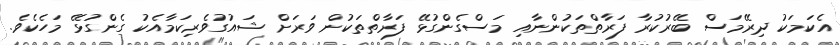
އެކަމަކު ދިރޭމަސް ބޭރުކުރާ ފަރާތްތަކުންނާއި މަސްގެންގުޅޭ ފަރާތްތަކުން ވަރަށް ޝައުގުވެރިކަމާއެކު ގެންގުޅޭ މަހެކެވެ.